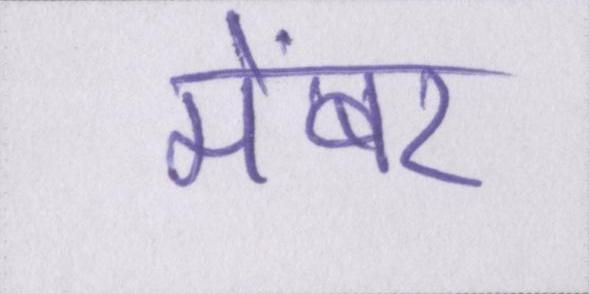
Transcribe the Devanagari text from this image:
मेंबर